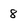
Character: 8